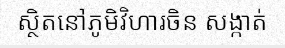
ស្ថិតនៅភូមិវិហារចិន សង្កាត់